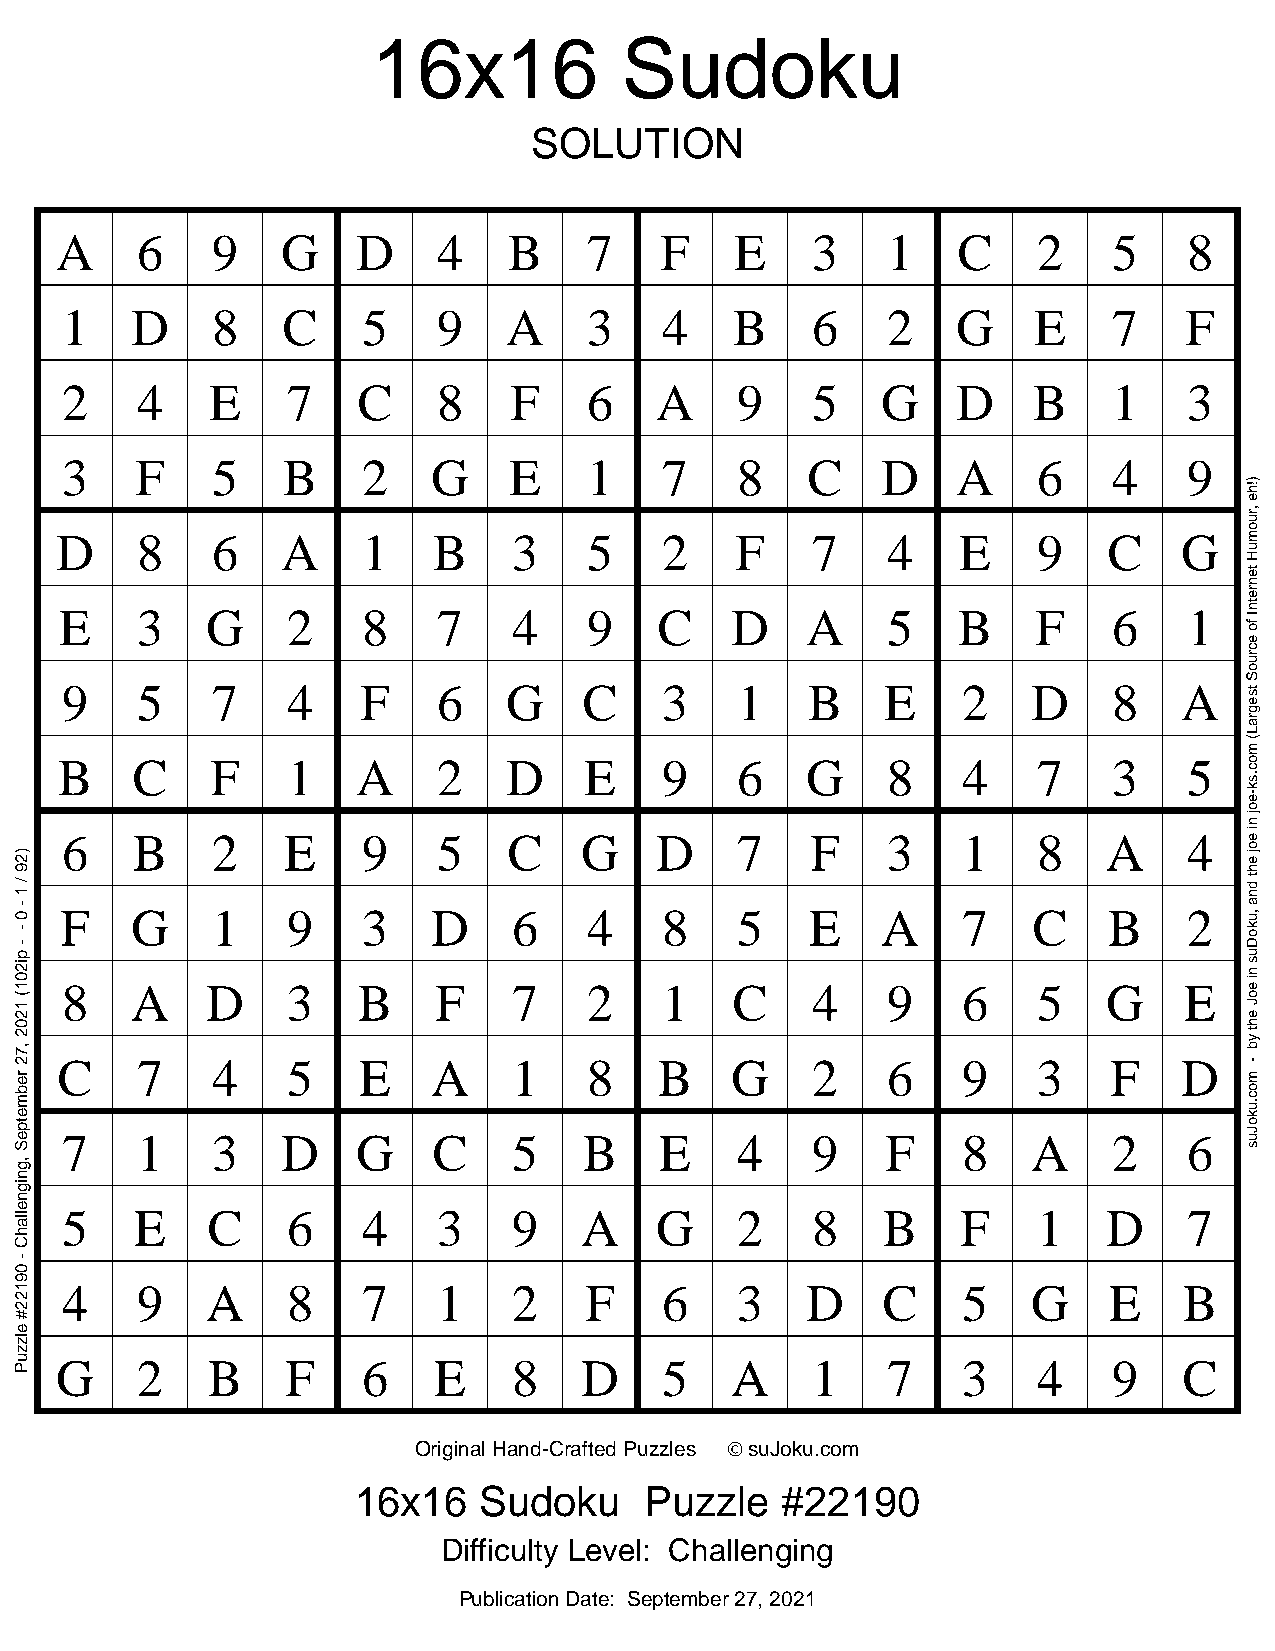
16x16           Sudoku
 SOLUTION
 A    6    9    G    D    4    B    7    F    E    3    1   C     2    5    8
 1    D    8    C    5    9    A    3    4    B    6    2   G    E     7   F
 2    4    E    7    C    8    F    6   A     9    5   G    D    B     1    3
 3    F    5    B    2    G    E    1    7    8   C    D    A     6    4    9
 D    8    6    A    1    B    3    5    2    F    7    4   E     9   C    G
 E    3    G    2    8    7    4    9    C   D    A     5   B     F    6    1
 9    5    7    4    F    6    G    C    3    1   B     E    2   D     8   A
 B    C    F    1    A    2    D    E    9    6   G     8    4    7    3    5
 6    B    2    E    9    5    C   G    D     7    F    3    1    8   A     4
 F    G    1    9    3    D    6    4    8    5    E   A     7   C    B     2
 8    A    D    3    B    F    7    2    1    C    4    9    6    5   G    E
 C    7    4    5    E    A    1    8    B   G     2    6    9    3    F   D
 7    1    3    D    G    C    5    B    E    4    9    F    8   A     2    6
 5    E    C    6    4    3    9   A    G     2    8   B     F    1   D     7
 4    9    A    8    7    1    2    F    6    3   D    C     5   G    E    B
 G    2    B    F    6    E    8   D     5   A     1    7    3    4    9   C
 Original Hand-Crafted Puzzles © suJoku.com
 16x16    Sudoku     Puzzle   #22190
 Difficulty Level: Challenging
 Publication Date: September 27, 2021
 )29
 / 1
 - 0
 -
 -
 pi201(
 1202
 ,72
 rebmetpeS
 ,gnignellahC
 -
 09122#
 elzzuP
 )!he
 ,ruomuH
 tenretnI
 fo
 ecruoS
 tsegraL(
 moc.sk-eoj
 ni
 eoj
 eht
 dna
 ,ukoDus
 ni
 eoJ
 eht
 yb
 -
 moc.ukoJus